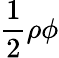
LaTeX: {\frac{1}{2}}\rho\phi